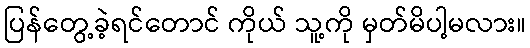
ပြန်တွေ့ခဲ့ရင်တောင် ကိုယ် သူ့ကို မှတ်မိပါ့မလား။